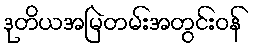
ဒုတိယအမြဲတမ်းအတွင်းဝန်